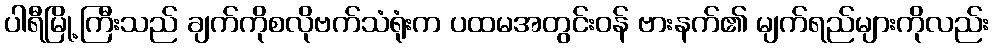
ပါရီမြို့ကြီးသည် ချက်ကိုစလိုဗက်သံရုံးက ပထမအတွင်းဝန် ဗားနက်၏ မျက်ရည်များကိုလည်း